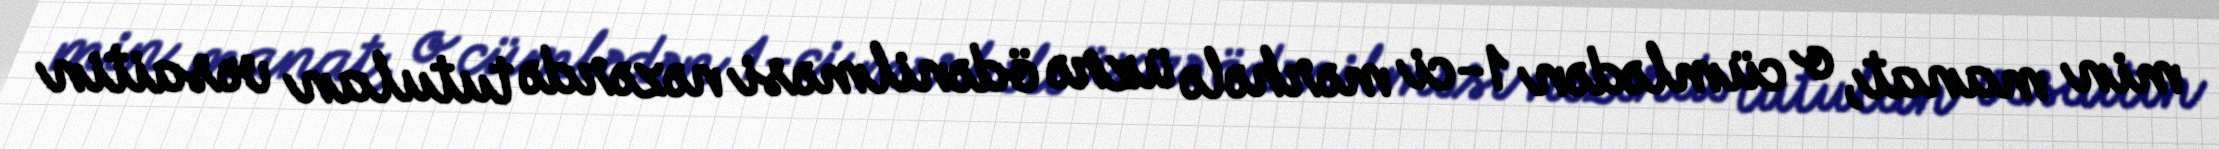
min manat, o cümlədən 1-ci mərhələ üzrə ödənilməsi nəzərdə tutulan vəsaitin